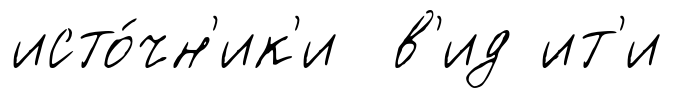
исто́чн'ик'и в'ид ́ит'и